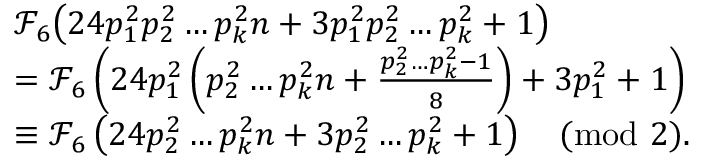
\begin{array} { r l } & { \mathcal { F } _ { 6 } \big ( 2 4 p _ { 1 } ^ { 2 } p _ { 2 } ^ { 2 } \dots p _ { k } ^ { 2 } n + 3 p _ { 1 } ^ { 2 } p _ { 2 } ^ { 2 } \dots p _ { k } ^ { 2 } + 1 \big ) } \\ & { = \mathcal { F } _ { 6 } \left( 2 4 p _ { 1 } ^ { 2 } \left( p _ { 2 } ^ { 2 } \dots p _ { k } ^ { 2 } n + \frac { p _ { 2 } ^ { 2 } \dots p _ { k } ^ { 2 } - 1 } { 8 } \right) + 3 p _ { 1 } ^ { 2 } + 1 \right) } \\ & { \equiv \mathcal { F } _ { 6 } \left( 2 4 p _ { 2 } ^ { 2 } \dots p _ { k } ^ { 2 } n + 3 p _ { 2 } ^ { 2 } \dots p _ { k } ^ { 2 } + 1 \right) \pmod 2 . } \end{array}